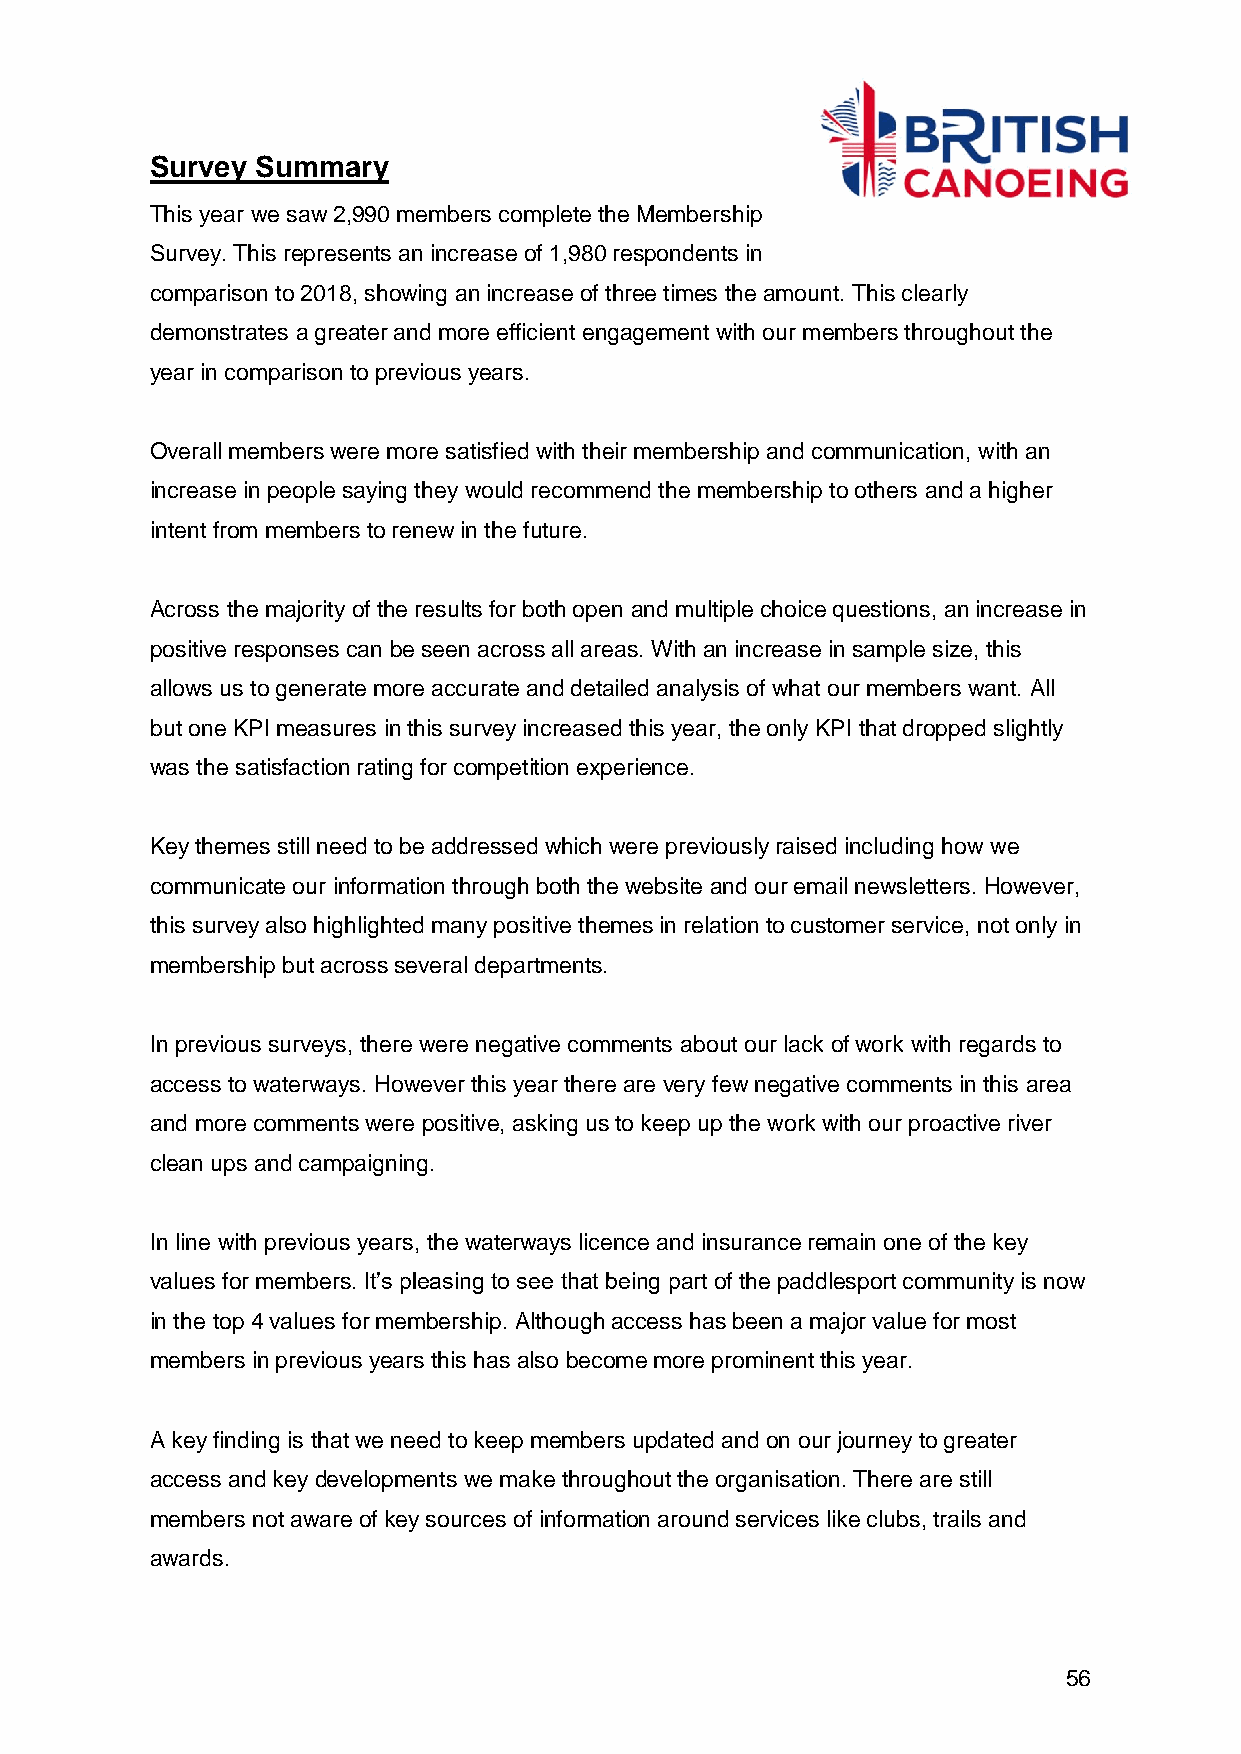
Survey Summary
 This year we saw 2,990 members complete the Membership
 Survey. This represents an increase of 1,980 respondents in
 comparison to 2018, showing an increase of three times the amount. This clearly
 demonstrates a greater and more efficient engagement with our members throughout the
 year in comparison to previous years.
 Overall members were more satisfied with their membership and communication, with an
 increase in people saying they would recommend the membership to others and a higher
 intent from members to renew in the future.
 Across the majority of the results for both open and multiple choice questions, an increase in
 positive responses can be seen across all areas. With an increase in sample size, this
 allows us to generate more accurate and detailed analysis of what our members want. All
 but one KPI measures in this survey increased this year, the only KPI that dropped slightly
 was the satisfaction rating for competition experience.
 Key themes still need to be addressed which were previously raised including how we
 communicate our information through both the website and our email newsletters. However,
 this survey also highlighted many positive themes in relation to customer service, not only in
 membership but across several departments.
 In previous surveys, there were negative comments about our lack of work with regards to
 access to waterways. However this year there are very few negative comments in this area
 and more comments were positive, asking us to keep up the work with our proactive river
 clean ups and campaigning.
 In line with previous years, the waterways licence and insurance remain one of the key
 values for members. It’s pleasing to see that being part of the paddlesport community is now
 in the top 4 values for membership. Although access has been a major value for most
 members in previous years this has also become more prominent this year.
 A key finding is that we need to keep members updated and on our journey to greater
 access and key developments we make throughout the organisation. There are still
 members not aware of key sources of information around services like clubs, trails and
 awards.
 56